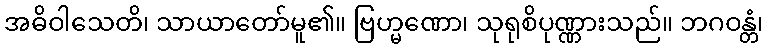
အဓိဝါသေတိ၊ သာယာတော်မူ၏။ ဗြဟ္မဏော၊ သုရုစိပုဏ္ဏားသည်။ ဘဂဝန္တံ၊